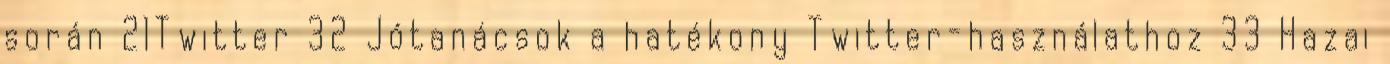
során 21Twitter 32 Jótanácsok a hatékony Twitter-használathoz 33 Hazai